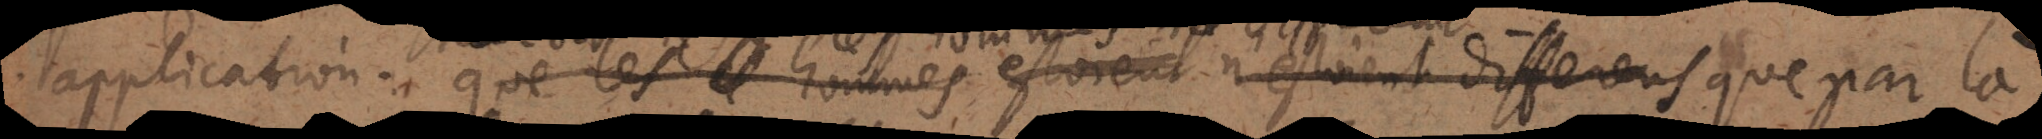
application: que les hommes estoient n’estoient differents que par là